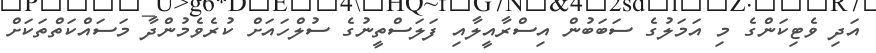
އަދި ވެޓިކަންގެ މި އަމަލުގެ ސަބަބުން އިސްރާއީލާއި ފަލަސްތީނުގެ ސުލްހައަށް ކުރެވެމުންދާ މަސައްކަތްތަކަށް